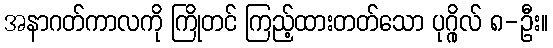
အနာဂတ်ကာလကို ကြိုတင် ကြည့်ထားတတ်သော ပုဂ္ဂိုလ် ၈-ဦး။